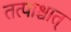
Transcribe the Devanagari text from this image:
तत्पाश्चात्